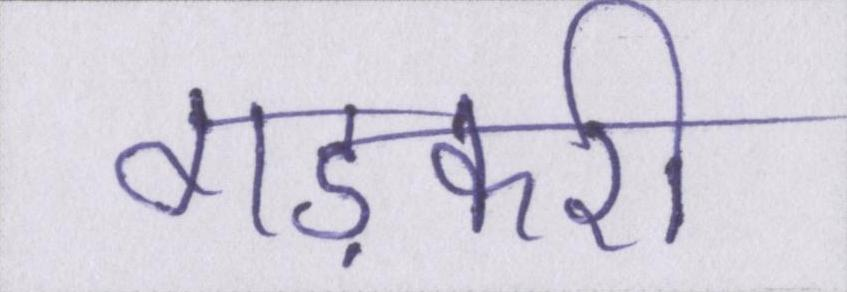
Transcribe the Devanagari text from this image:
गड़करी